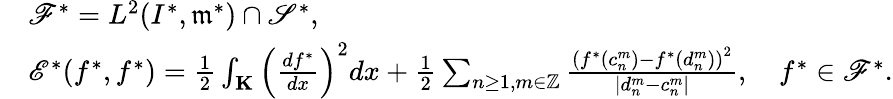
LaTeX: \begin{array}{rl}&{{\mathscr F}^{*}=L^{2}(I^{*},\mathfrak{m}^{*})\cap\mathscr{S}^{*},}\\ &{{\mathscr E}^{*}(f^{*},f^{*})=\frac{1}{2}\int_{\mathbf K}\left(\frac{df^{*}}{dx}\right)^{2}dx+\frac{1}{2}\sum_{n\geq 1,m\in{\mathbb Z}}\frac{\left(f^{*}(c_{n}^{m})-f^{*}(d_{n}^{m})\right)^{2}}{|d_{n}^{m}-c_{n}^{m}|},\quad f^{*}\in{\mathscr F}^{*}.}\end{array}